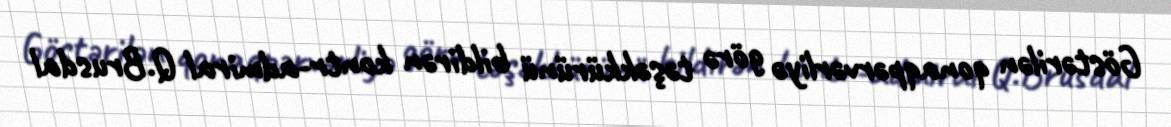
Göstərilən qonaqpərvərliyə görə təşəkkürünü bildirən kontr-admiral Q.Brusdal